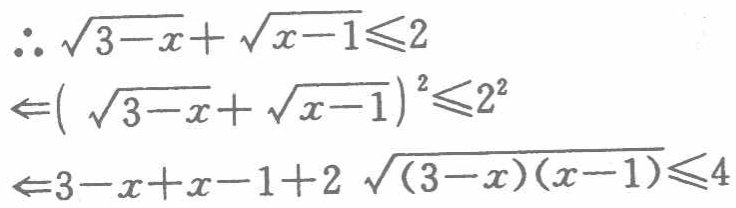
\[\begin{align*}

&\therefore \sqrt{3 - x}+\sqrt{x - 1}\leq2\\

&\Leftarrow(\sqrt{3 - x}+\sqrt{x - 1})^2\leq2^2\\

&\Leftarrow3 - x+x - 1+2\sqrt{(3 - x)(x - 1)}\leq4

\end{align*}\]